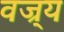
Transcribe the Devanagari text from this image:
वज्र्य